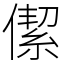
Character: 𠎧